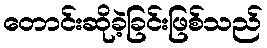
တောင်းဆိုခဲ့ခြင်းဖြစ်သည်